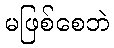
မဖြစ်စေဘဲ